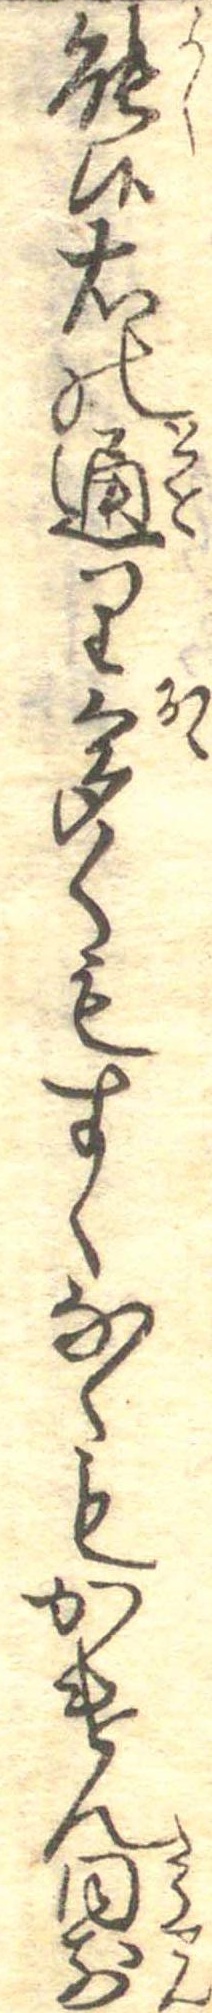
能候右の通り多くもすくなくもかけん同前